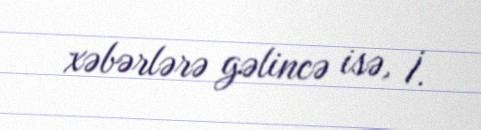
xəbərlərə gəlincə isə, İ.